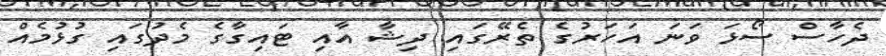
ދެހާސް ސޯޅަ ވަނަ އަހަރުގެ ތެރޭގައި ދިޝާ އާއި ޓައިގާގެ މެދުގައި ގުޅުމެއް